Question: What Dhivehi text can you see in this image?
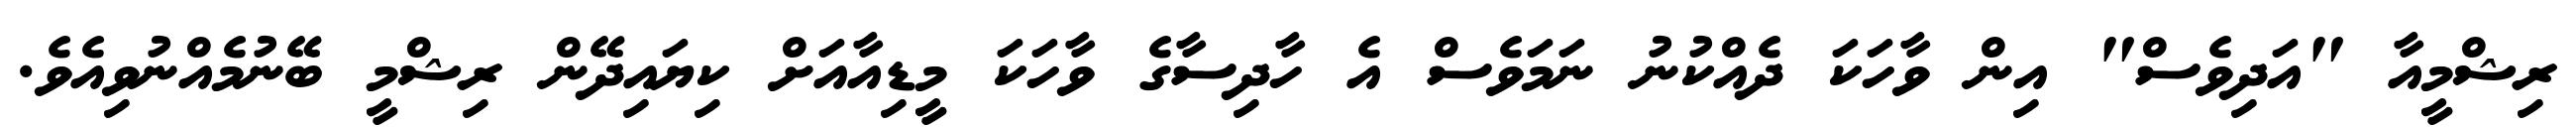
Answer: ރިޝްމީއާ "އަދިވެސް" އިން ވާހަކަ ދެއްކުނު ނަމަވެސް އެ ހާދިސާގެ ވާހަކަ މީޑިއާއަށް ކިޔައިދޭން ރިޝްމީ ބޭނުމެއްނުވިއެވެ.